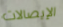
الإيصالات